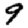
Digit: 9